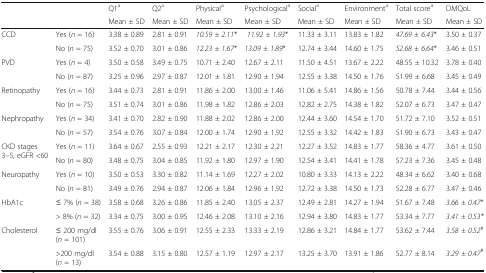
<table><thead><tr><td></td><td></td><td><b>Q1<sup>a</sup></b></td><td><b>Q2<sup>a</sup></b></td><td><b>Physical<sup>a</sup></b></td><td><b>Psychological<sup>a</sup></b></td><td><b>Social<sup>a</sup></b></td><td><b>Environment<sup>a</sup></b></td><td><b>Total score<sup>a</sup></b></td><td><b>DMQoL</b></td></tr><tr><td></td><td></td><td><b>Mean ± SD</b></td><td><b>Mean ± SD</b></td><td><b>Mean ± SD</b></td><td><b>Mean ± SD</b></td><td><b>Mean ± SD</b></td><td><b>Mean ± SD</b></td><td><b>Mean ± SD</b></td><td><b>Mean ± SD</b></td></tr></thead><tbody><tr><td rowspan="2">CCD</td><td>Yes (<i>n</i> = 16)</td><td>3.38 ± 0.89</td><td>2.81 ± 0.91</td><td><i>10.59 ± 2.11</i>*</td><td><i> 11.92 ± 1.93</i>*</td><td>11.33 ± 3.11</td><td>13.83 ± 1.82</td><td><i>47.69 ± 6.43</i>*</td><td>3.50 ± 0.37</td></tr><tr><td>No (<i>n</i> = 75)</td><td>3.52 ± 0.70</td><td>3.01 ± 0.86</td><td><i>12.23 ± 1.67</i>*</td><td><i>13.09 ± 1.89</i>*</td><td>12.74 ± 3.44</td><td>14.60 ± 1.75</td><td><i>52.68 ± 6.64</i>*</td><td>3.46 ± 0.51</td></tr><tr><td rowspan="2">PVD</td><td>Yes (<i>n</i> = 4)</td><td>3.50 ± 0.58</td><td>3.49 ± 0.75</td><td>10.71 ± 2.40</td><td>12.67 ± 2.11</td><td>11.50 ± 4.51</td><td>13.67 ± 2.22</td><td>48.55 ± 10.32</td><td>3.78 ± 0.40</td></tr><tr><td>No (<i>n</i> = 87)</td><td>3.25 ± 0.96</td><td>2.97 ± 0.87</td><td>12.01 ± 1.81</td><td>12.90 ± 1.94</td><td>12.55 ± 3.38</td><td>14.50 ± 1.76</td><td>51.99 ± 6.68</td><td>3.45 ± 0.49</td></tr><tr><td rowspan="2">Retinopathy</td><td>Yes (<i>n</i> = 16)</td><td>3.44 ± 0.73</td><td>2.81 ± 0.91</td><td>11.86 ± 2.00</td><td>13.00 ± 1.46</td><td>11.06 ± 5.41</td><td>14.86 ± 1.56</td><td>50.78 ± 7.44</td><td>3.44 ± 0.56</td></tr><tr><td>No (<i>n</i> = 75)</td><td>3.51 ± 0.74</td><td>3.01 ± 0.86</td><td>11.98 ± 1.82</td><td>12.86 ± 2.03</td><td>12.82 ± 2.75</td><td>14.38 ± 1.82</td><td>52.07 ± 6.73</td><td>3.47 ± 0.47</td></tr><tr><td rowspan="2">Nephropathy</td><td>Yes (<i>n</i> = 34)</td><td>3.41 ± 0.70</td><td>2.82 ± 0.90</td><td>11.88 ± 2.02</td><td>12.86 ± 2.00</td><td>12.44 ± 3.60</td><td>14.54 ± 1.70</td><td>51.72 ± 7.10</td><td>3.52 ± 0.51</td></tr><tr><td>No (<i>n</i> = 57)</td><td>3.54 ± 0.76</td><td>3.07 ± 0.84</td><td>12.00 ± 1.74</td><td>12.90 ± 1.92</td><td>12.55 ± 3.32</td><td>14.42 ± 1.83</td><td>51.90 ± 6.73</td><td>3.43 ± 0.47</td></tr><tr><td rowspan="2">CKD stages 3–5, eGFR &lt;60</td><td>Yes (<i>n</i> = 11)</td><td>3.64 ± 0.67</td><td>2.55 ± 0.93</td><td>12.21 ± 2.17</td><td>12.30 ± 2.21</td><td>12.27 ± 3.52</td><td>14.83 ± 1.77</td><td>58.36 ± 4.77</td><td>3.61 ± 0.50</td></tr><tr><td>No (<i>n</i> = 80)</td><td>3.48 ± 0.75</td><td>3.04 ± 0.85</td><td>11.92 ± 1.80</td><td>12.97 ± 1.90</td><td>12.54 ± 3.41</td><td>14.41 ± 1.78</td><td>57.23 ± 7.36</td><td>3.45 ± 0.48</td></tr><tr><td rowspan="2">Neuropathy</td><td>Yes (<i>n</i> = 10)</td><td>3.50 ± 0.53</td><td>3.30 ± 0.82</td><td>11.14 ± 1.69</td><td>12.27 ± 2.02</td><td>10.80 ± 3.33</td><td>14.13 ± 2.22</td><td>48.34 ± 6.62</td><td>3.40 ± 0.68</td></tr><tr><td>No (<i>n</i> = 81)</td><td>3.49 ± 0.76</td><td>2.94 ± 0.87</td><td>12.06 ± 1.84</td><td>12.96 ± 1.92</td><td>12.72 ± 3.38</td><td>14.50 ± 1.73</td><td>52.28 ± 6.77</td><td>3.47 ± 0.46</td></tr><tr><td rowspan="2">HbA1c</td><td>≤ 7% (<i>n</i> = 38)</td><td>3.58 ± 0.68</td><td>3.26 ± 0.86</td><td>11.85 ± 2.40</td><td>13.05 ± 2.37</td><td>12.49 ± 2.81</td><td>14.27 ± 1.94</td><td>51.67 ± 7.48</td><td><i>3.66 ± 0.47</i>*</td></tr><tr><td>&gt; 8% (<i>n</i> = 32)</td><td>3.34 ± 0.75</td><td>3.00 ± 0.95</td><td>12.46 ± 2.08</td><td>13.10 ± 2.16</td><td>12.94 ± 3.80</td><td>14.83 ± 1.77</td><td>53.34 ± 7.77</td><td><i>3.41 ± 0.53*</i></td></tr><tr><td rowspan="2">Cholesterol</td><td>≤ 200 mg/dl (<i>n</i> = 101)</td><td>3.55 ± 0.76</td><td>3.06 ± 0.91</td><td>12.55 ± 2.33</td><td>13.33 ± 2.19</td><td>12.86 ± 3.21</td><td>14.84 ± 1.77</td><td>53.62 ± 7.44</td><td><i>3.58 ± 0.52</i><sup>#</sup></td></tr><tr><td>&gt;200 mg/dl (<i>n</i> = 13)</td><td>3.54 ± 0.88</td><td>3.15 ± 0.80</td><td>12.57 ± 1.19</td><td>12.97 ± 2.17</td><td>13.25 ± 3.70</td><td>13.91 ± 1.86</td><td>52.77 ± 8.14</td><td><i>3.29 ± 0.47</i><sup>#</sup></td></tr></tbody></table>